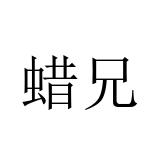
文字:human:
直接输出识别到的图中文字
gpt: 蜡兄